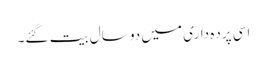
اسی پرده داری میں دو سال بیت گئے۔